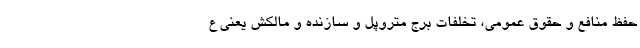
حفظ منافع و حقوق عمومی، تخلفات برج متروپل و سازنده و مالکش یعنی ع